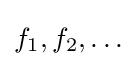
f_{1},f_{2},\ldots